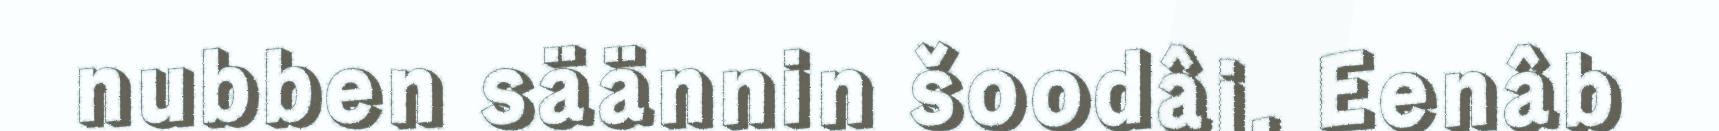
nubben säännin šoodâi. Eenâb